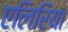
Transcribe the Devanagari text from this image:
एलिरिया